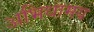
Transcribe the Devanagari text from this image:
अभिधामय